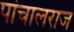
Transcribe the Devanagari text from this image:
पांचालराज